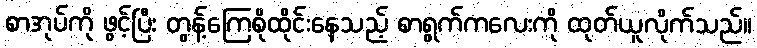
စာအုပ်ကို ဖွင့်ပြီး တွန့်ကြေစိုထိုင်းနေသည့် စာရွက်ကလေးကို ထုတ်ယူလိုက်သည်။